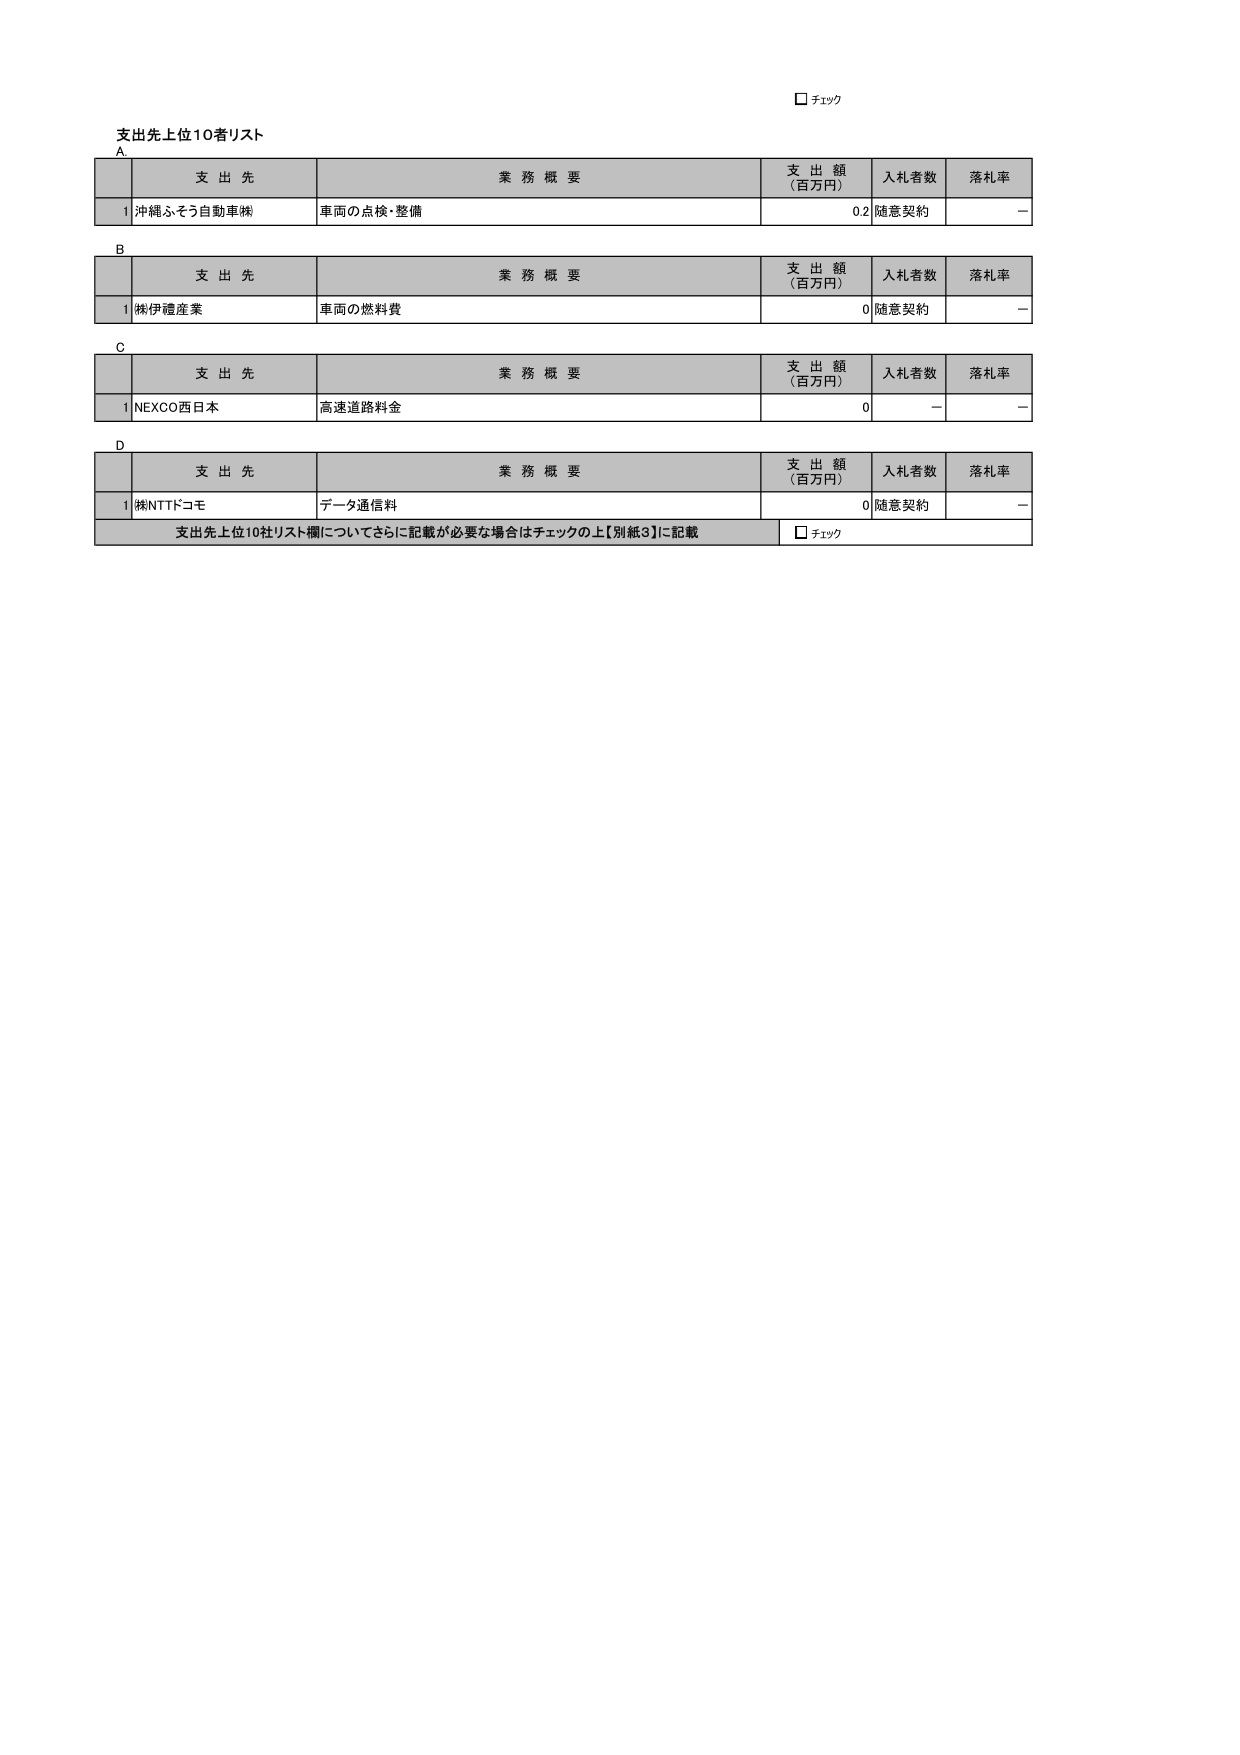
□ チェック

支出先上位10者リスト

A
支 出 先 業 務 概 要 支 出 額 （百万円） 入札者数 落札率
1 沖縄ふそう自動車㈱ 車両の点検・整備 0.2 随意契約 －

B
支 出 先 業 務 概 要 支 出 額 （百万円） 入札者数 落札率
1 ㈱伊禮産業 車両の燃料費 0 随意契約 －

C
支 出 先 業 務 概 要 支 出 額 （百万円） 入札者数 落札率
1 NEXCO西日本 高速道路料金 0 － －

D
支 出 先 業 務 概 要 支 出 額 （百万円） 入札者数 落札率
1 ㈱NTTドコモ データ通信料 0 随意契約 －

支出先上位10社リスト欄についてさらに記載が必要な場合はチェックの上【別紙3】に記載
□ チェック